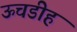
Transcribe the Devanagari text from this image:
ऊचडीह